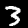
Label: 3